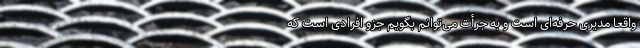
واقعاً مدیری حرفه‌ای است و به جرأت می‌توانم بگویم جزو افرادی است که